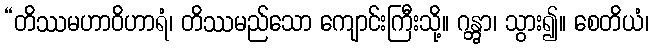
“တိဿမဟာဝိဟာရံ၊ တိဿမည်သော ကျောင်းကြီးသို့။ ဂန္တွာ၊ သွား၍။ စေတိယံ၊